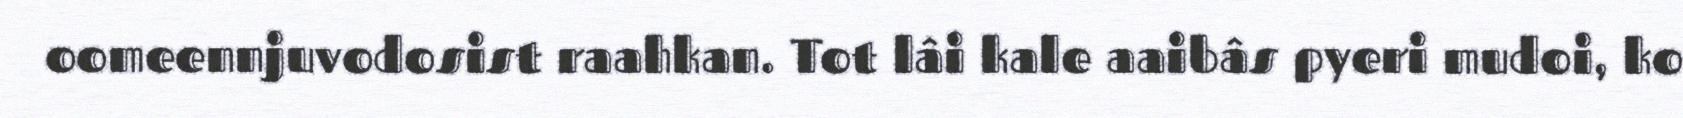
oomeennjuvodosist raahkan. Tot lâi kale aaibâs pyeri mudoi, ko